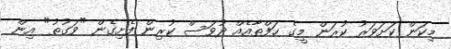
މިކަން ކަށަވަރު ކުރަން މީގެ ހަފްތާއެއް ދުވަސް ކުރިން ފެށިގެން "ވަގުތު" އިން